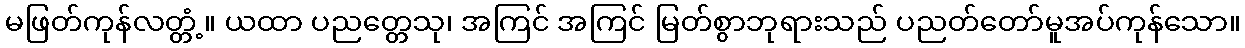
မဖြတ်ကုန်လတ္တံ့။ ယထာ ပညတ္တေသု၊ အကြင် အကြင် မြတ်စွာဘုရားသည် ပညတ်တော်မူအပ်ကုန်သော။